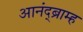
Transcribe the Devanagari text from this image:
आनंद्ब्राम्ह